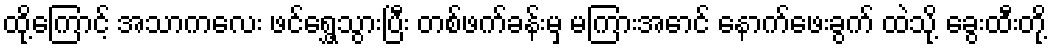
ထို့ကြောင့် အသာကလေး ဖင်ရွှေ့သွားပြီး တစ်ဖက်ခန်းမှ မကြားအောင် နောက်ဖေးခွက် ထဲသို့ ခွေးထီးတို့